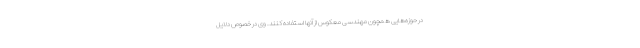
در حوزه‌هایی همچون مهندسی معکوس از آنها استفاده کنند. وی در خصوص دلایل